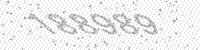
Solution: 188989